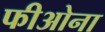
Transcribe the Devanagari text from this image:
फीओना